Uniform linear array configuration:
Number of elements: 48
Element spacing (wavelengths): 1
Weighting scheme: binomial
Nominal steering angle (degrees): -15
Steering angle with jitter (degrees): -16.338
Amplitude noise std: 0.05
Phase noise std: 0.05

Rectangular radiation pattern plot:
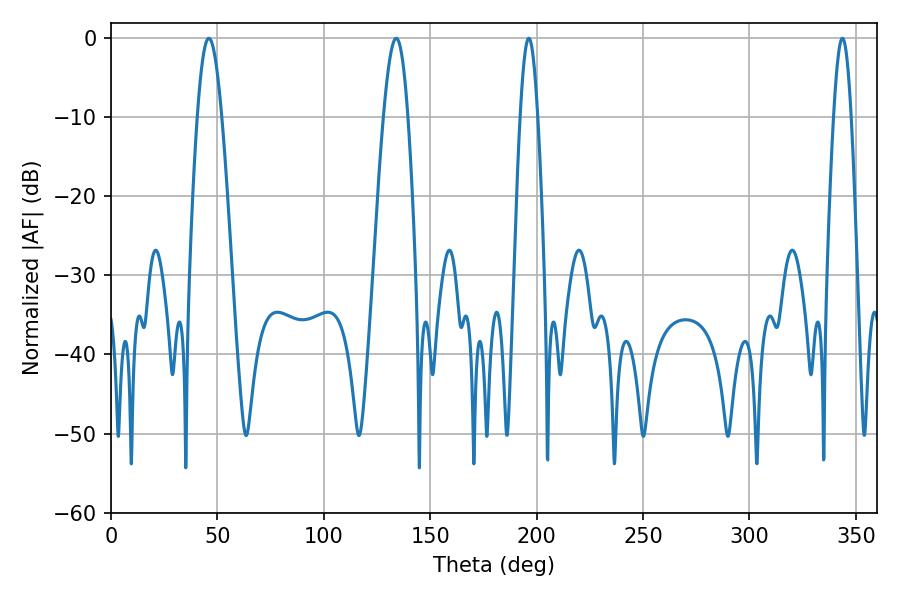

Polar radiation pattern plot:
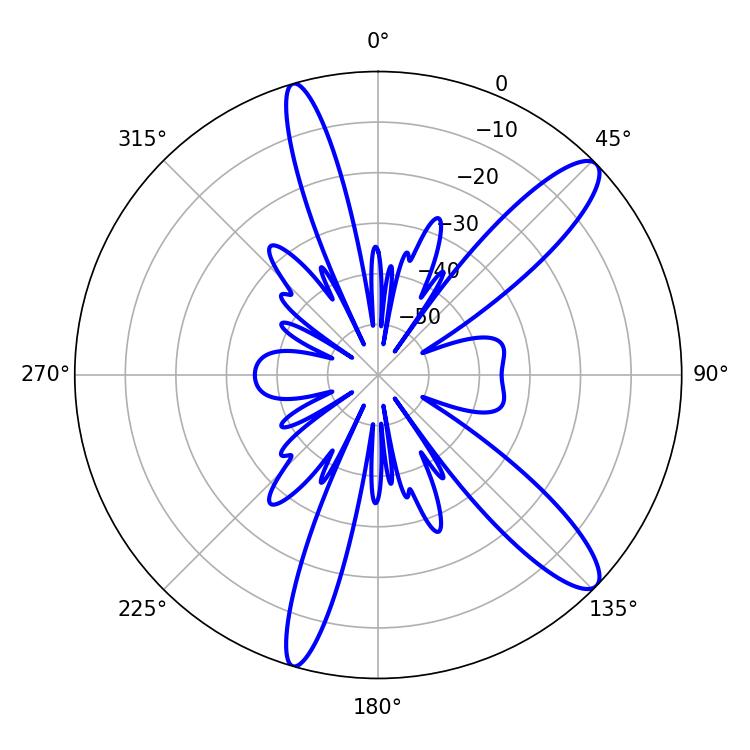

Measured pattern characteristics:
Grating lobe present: TRUE
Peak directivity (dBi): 12.148
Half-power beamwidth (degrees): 6.12
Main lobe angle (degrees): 45.9